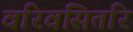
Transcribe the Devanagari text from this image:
वरिवसितरि